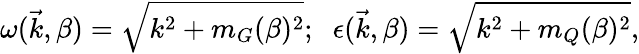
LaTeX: \omega(\vec{k},\beta)=\sqrt{k^{2}+m_{G}(\beta)^{2}};\; \; \epsilon(\vec{k},\beta)=\sqrt{k^{2}+m_{Q}(\beta)^{2}},